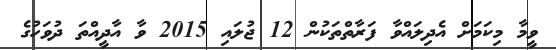
ވީމާ މިކަމަށް އެދިލައްވާ ފަރާތްތަކުން 12 ޖުލައި 2015 ވާ އާދީއްތަ ދުވަހުގެ